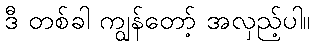
ဒီ တစ်ခါ ကျွန်တော့် အလှည့်ပါ။